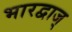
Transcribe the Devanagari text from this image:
भारद्वाज्